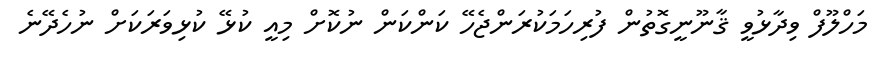
މަހްލޫފް ވިދާޅުވީ ޤާނޫނީގޮތުން ފުރިހަމަކުރަންޖެހޭ ކަންކަން ނުކޮށް މިއީ ކުޅޭ ކުޅިވަރަކަށް ނުހެދޭނެ